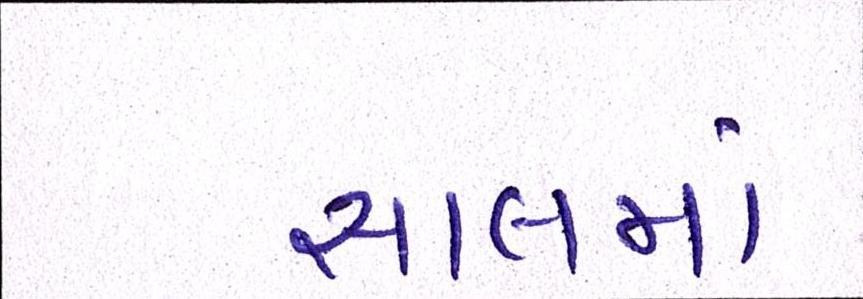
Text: સાલમાં